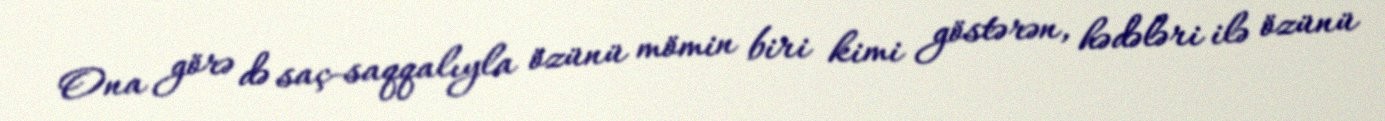
Ona görə də saç-saqqalıyla özünü mömin biri kimi göstərən, hədələri ilə özünü